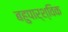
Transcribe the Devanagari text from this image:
बहुपार्श्विक